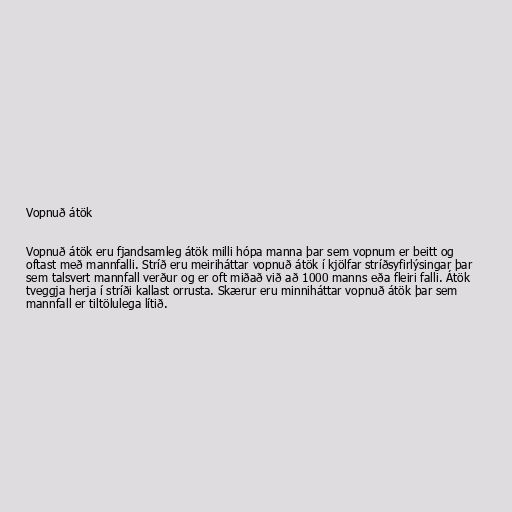
Vopnuð átök

Vopnuð átök eru fjandsamleg átök milli hópa manna þar sem vopnum er beitt og
oftast með mannfalli. Stríð eru meiriháttar vopnuð átök í kjölfar stríðsyfirlýsingar þar
sem talsvert mannfall verður og er oft miðað við að 1000 manns eða fleiri falli. Átök
tveggja herja í stríði kallast orrusta. Skærur eru minniháttar vopnuð átök þar sem
mannfall er tiltölulega lítið.